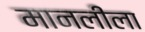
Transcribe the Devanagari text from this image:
मानलीला